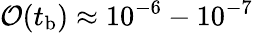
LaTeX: \mathcal{O}(t_{\mathrm b})\approx 10^{-6}-10^{-7}